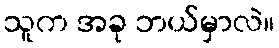
သူက အခု ဘယ်မှာလဲ။